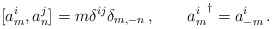
\begin{align*}[a_m^i,a_n^j]=m\delta^{ij}\delta_{m,-n}\,,\qquad {a_m^i}^\dagger=a^i_{-m}\,.\end{align*}